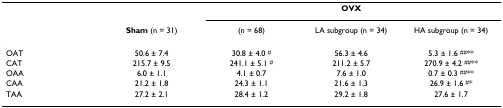
<table><thead><tr><td></td><td></td><td colspan="3"><b>OVX</b></td></tr><tr><td></td><td><b>Sham (n = 31)</b></td><td><b>(n = 68)</b></td><td><b>LA subgroup (n = 34)</b></td><td><b>HA subgroup (n = 34)</b></td></tr></thead><tbody><tr><td>OAT</td><td>50.6 ± 7.4</td><td>30.8 ± 4.0 <sup>#</sup></td><td>56.3 ± 4.6</td><td>5.3 ± 1.6 <sup>##</sup>**</td></tr><tr><td>CAT</td><td>215.7 ± 9.5</td><td>241.1 ± 5.1 <sup>#</sup></td><td>211.2 ± 5.7</td><td>270.9 ± 4.2 <sup>##</sup>**</td></tr><tr><td>OAA</td><td>6.0 ± 1.1</td><td>4.1 ± 0.7</td><td>7.6 ± 1.0</td><td>0.7 ± 0.3 <sup>##</sup>**</td></tr><tr><td>CAA</td><td>21.2 ± 1.8</td><td>24.3 ± 1.1</td><td>21.6 ± 1.3</td><td>26.9 ± 1.6 <sup>#</sup>*</td></tr><tr><td>TAA</td><td>27.2 ± 2.1</td><td>28.4 ± 1.2</td><td>29.2 ± 1.8</td><td>27.6 ± 1.7</td></tr></tbody></table>